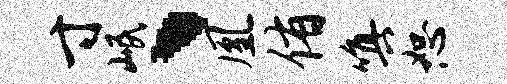
寸岷、凰侑嗔恕